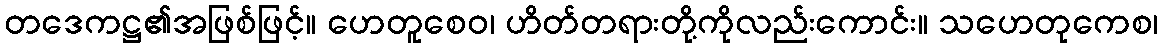
တဒေကဋ္ဌ၏အဖြစ်ဖြင့်။ ဟေတူစေဝ၊ ဟိတ်တရားတို့ကိုလည်းကောင်း။ သဟေတုကေစ၊